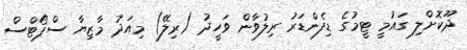
ދޫކޮށްލި ގައުމީ ޓީމުގެ ޑިފެންޑަރު ރިލުވާން ވަހީދު (ރިލޭ) މިއަދު މާޒިޔާ ސްޕޯޓްސް